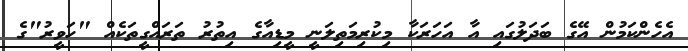
އެހެންކަމުން އޭގެ ބަދަލުގައި އާ އަހަރަކާ މިކުރިމަތިލަނީ މީޑިއާގެ އިތުރު ތަރައްގީތަކެއް "ހަވީރު"ގެ